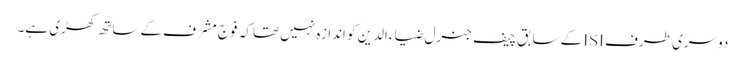
دوسری طرف ISIکے سابق چیف جنرل ضیاءالدین کو اندازہ نہیں تھا کہ فوج مشرف کے ساتھ کھڑی ہے۔